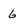
Character: 6